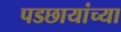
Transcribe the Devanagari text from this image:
पडछायांच्या